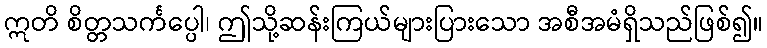
ဣတိ စိတ္တသင်္ကပ္ပေါ၊ ဤသို့ဆန်းကြယ်များပြားသော အစီအမံရှိသည်ဖြစ်၍။